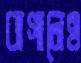
বাগানেও